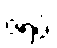
ဇရပ်